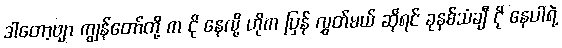
ဒါတော့ဗျာ ကျွန်တော်တို့ က ငို နေလို့ ဟိုက ပြန် လွှတ်မယ် ဆိုရင် ခုနစ်သံချီ ငို နေပါရဲ့